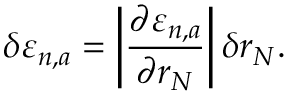
\delta \varepsilon _ { n , a } = \bigg | \frac { \partial \varepsilon _ { n , a } } { \partial r _ { N } } \bigg | \, \delta r _ { N } .